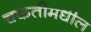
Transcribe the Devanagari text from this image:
चकतीमधील